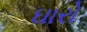
ઘારો